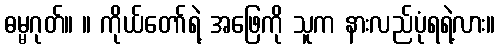
ဓမ္မဂုတ်။ ။ ကိုယ်တော်ရဲ့ အဖြေကို သူက နားလည်ပုံရရဲ့လား။